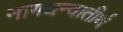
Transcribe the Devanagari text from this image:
नागधन्वातीर्थ